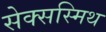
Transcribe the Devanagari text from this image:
सेक्सस्मिथ